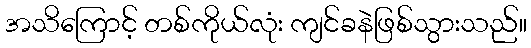
အသိကြောင့် တစ်ကိုယ်လုံး ကျင်ခနဲဖြစ်သွားသည်။